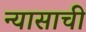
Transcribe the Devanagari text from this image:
न्यासाची